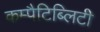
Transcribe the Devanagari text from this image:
कम्पैटिब्लिटी